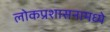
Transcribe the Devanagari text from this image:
लोकप्रशासनामध्ये